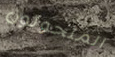
المتحولون